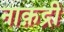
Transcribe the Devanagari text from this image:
नाक़द्री